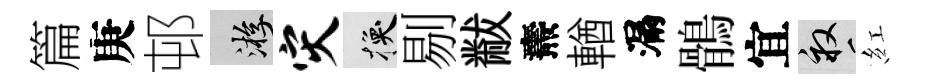
篇庚邨游灾换剔黻燾輶漏鶻宜畝紅